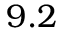
9 . 2